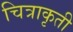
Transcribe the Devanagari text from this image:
चित्राकृती